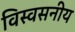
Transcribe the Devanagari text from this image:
विस्वसनीय